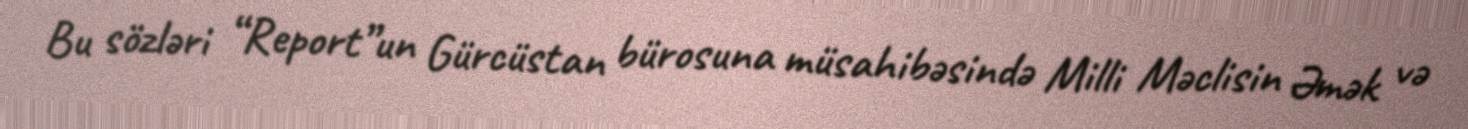
Bu sözləri “Report”un Gürcüstan bürosuna müsahibəsində Milli Məclisin Əmək və